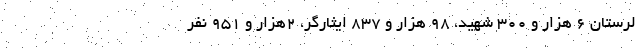
لرستان ۶ هزار و ۳۰۰ شهید، ۹۸ هزار و ۸۳۷ ایثارگر، ۲هزار و ۹۵۱ نفر